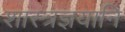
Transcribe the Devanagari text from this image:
शास्त्रज्ञयानि